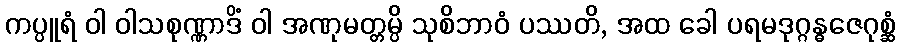
ကပ္ပူရံ ဝါ ဝါသစုဏ္ဏာဒိံ ဝါ အဏုမတ္တမ္ပိ သုစိဘာဝံ ပဿတိ, အထ ခေါ ပရမဒုဂ္ဂန္ဓဇေဂုစ္ဆံ